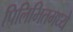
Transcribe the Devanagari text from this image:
पिलिभितमध्ये